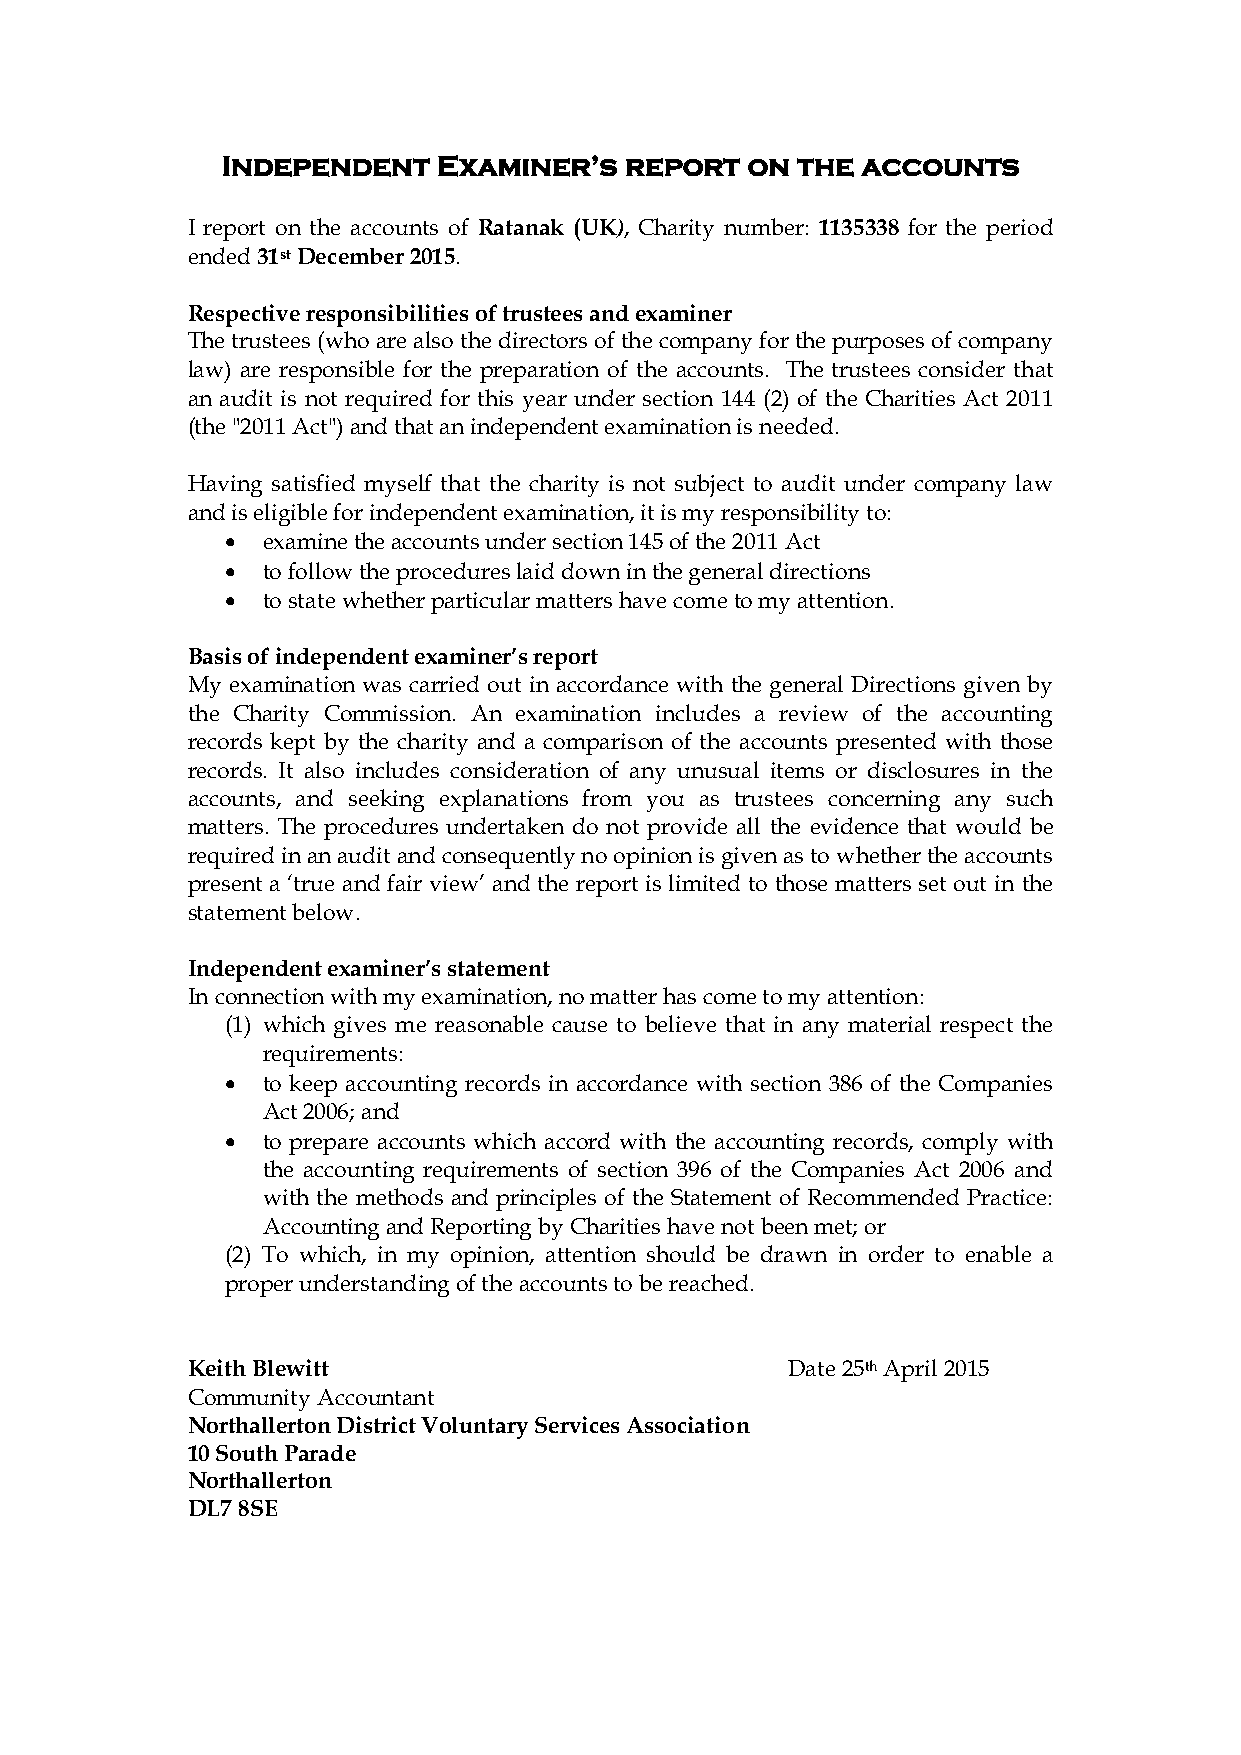
Independent   Examiner’s  report  on  the accounts
 I report on the accounts of Ratanak (UK), Charity number: 1135338 for the period
 ended 31st December 2015.
 Respective responsibilities of trustees and examiner
 The trustees (who are also the directors of the company for the purposes of company
 law) are responsible for the preparation of the accounts. The trustees consider that
 an audit is not required for this year under section 144 (2) of the Charities Act 2011
 (the "2011 Act") and that an independent examination is needed.
 Having satisfied myself that the charity is not subject to audit under company law
 and is eligible for independent examination, it is my responsibility to:
  examine the accounts under section 145 of the 2011 Act
  to follow the procedures laid down in the general directions
  to state whether particular matters have come to my attention.
 Basis of independent examiner’s report
 My examination was carried out in accordance with the general Directions given by
 the Charity Commission. An examination includes a review of the accounting
 records kept by the charity and a comparison of the accounts presented with those
 records. It also includes consideration of any unusual items or disclosures in the
 accounts, and seeking explanations from you as trustees concerning any such
 matters. The procedures undertaken do not provide all the evidence that would be
 required in an audit and consequently no opinion is given as to whether the accounts
 present a ‘true and fair view’ and the report is limited to those matters set out in the
 statement below.
 Independent examiner’s statement
 In connection with my examination, no matter has come to my attention:
 (1) which gives me reasonable cause to believe that in any material respect the
 requirements:
  to keep accounting records in accordance with section 386 of the Companies
 Act 2006; and
  to prepare accounts which accord with the accounting records, comply with
 the accounting requirements of section 396 of the Companies Act 2006 and
 with the methods and principles of the Statement of Recommended Practice:
 Accounting and Reporting by Charities have not been met; or
 (2) To which, in my opinion, attention should be drawn in order to enable a
 proper understanding of the accounts to be reached.
 Keith Blewitt                           Date 25th April 2015
 Community Accountant
 Northallerton District Voluntary Services Association
 10 South Parade
 Northallerton
 DL7 8SE